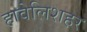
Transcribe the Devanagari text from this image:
हावेलिशहर